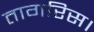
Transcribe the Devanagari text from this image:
तागरिस।